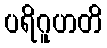
ပရိဂူဟတိ